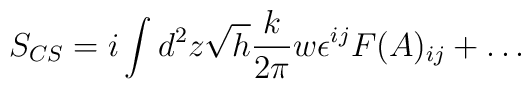
S_{CS} = i \int d^2z \sqrt{h} {k \over 2 \pi} w \epsilon^{ij} F(A)_{ij} +\dots